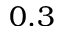
0 . 3